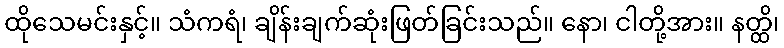
ထိုသေမင်းနှင့်။ သံကရံ၊ ချိန်းချက်ဆုံးဖြတ်ခြင်းသည်။ နော၊ ငါတို့အား။ နတ္ထိ၊